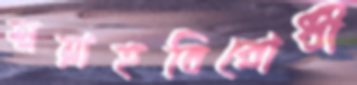
সুন্নাহবিরোধী